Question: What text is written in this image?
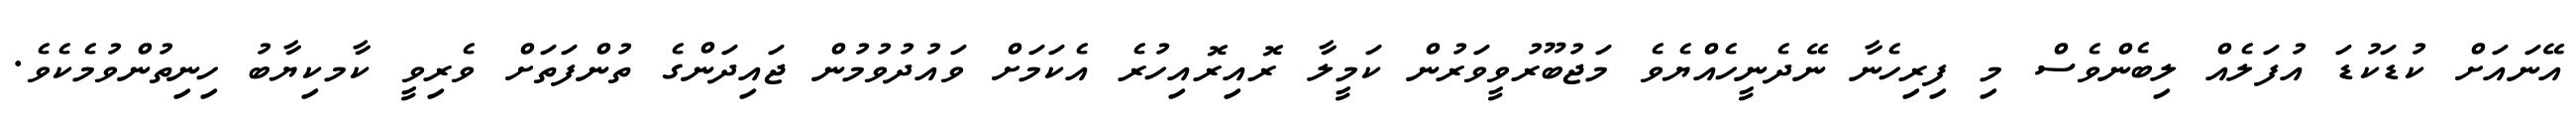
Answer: އޭނައަށް ކުޑަކުޑަ އުފަލެއް ލިބެންވެސް މި ފިރިހެނާ ނޭދެނީހެއްޔެވެ މަޖުބޫރުވީވަރުން ކަމީލާ ރޮއިރޮއިހުރެ އެކަމަށް ވައުދުވުމުން ޖައިދަންގެ ތުންފަތަށް ވެރިވީ ކާމކިޔާބު ހިނިތުންވުމެކެވެ.